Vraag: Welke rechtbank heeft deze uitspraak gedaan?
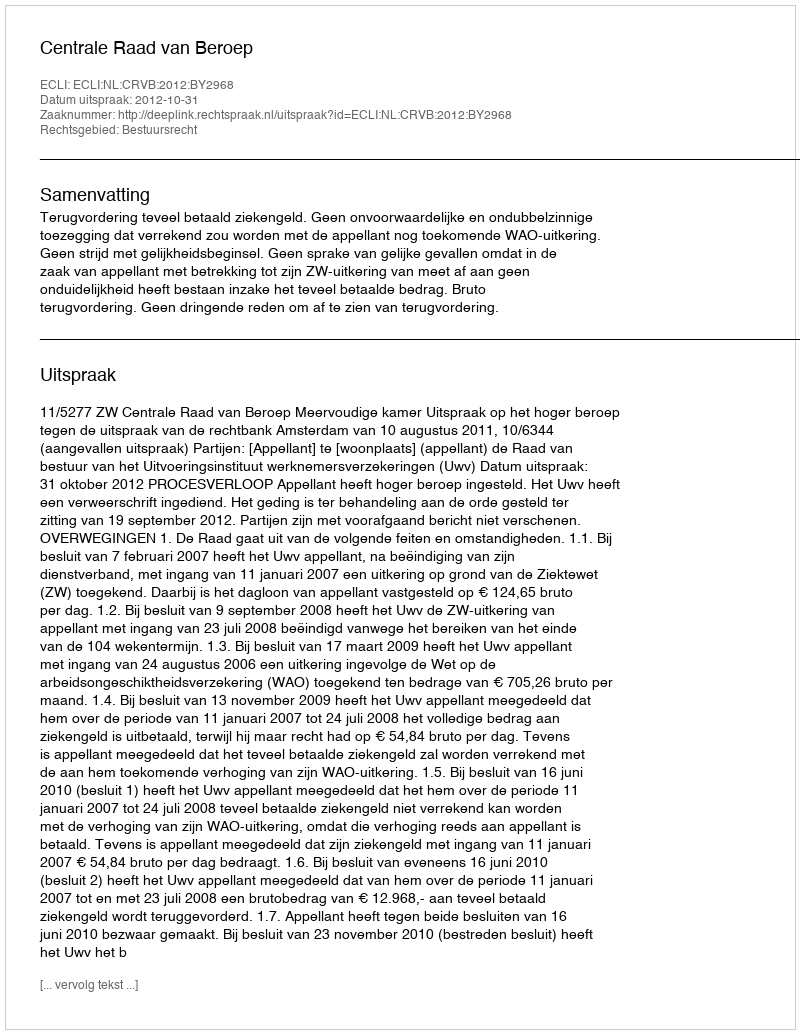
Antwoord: Centrale Raad van Beroep